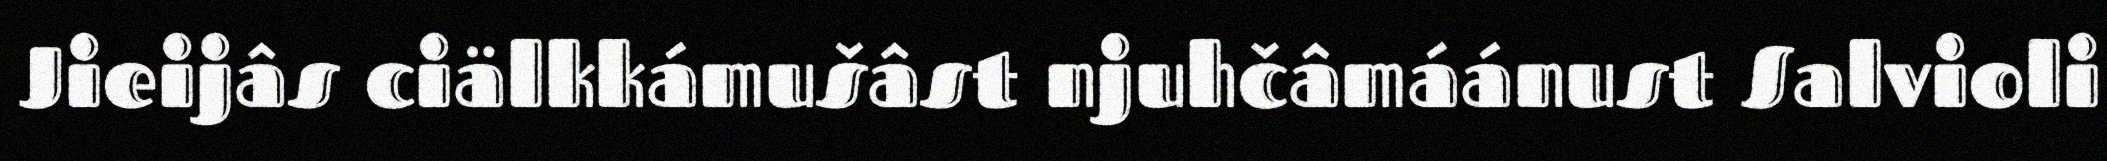
Jieijâs ciälkkámušâst njuhčâmáánust Salvioli